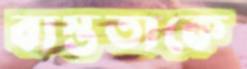
ব্যস্ততাকে